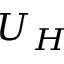
U _ { H }